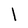
Character: l